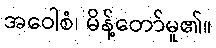
အဝေါစံ၊ မိန့်တော်မူ၏။